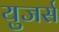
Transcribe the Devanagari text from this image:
युजर्स